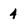
Character: 4